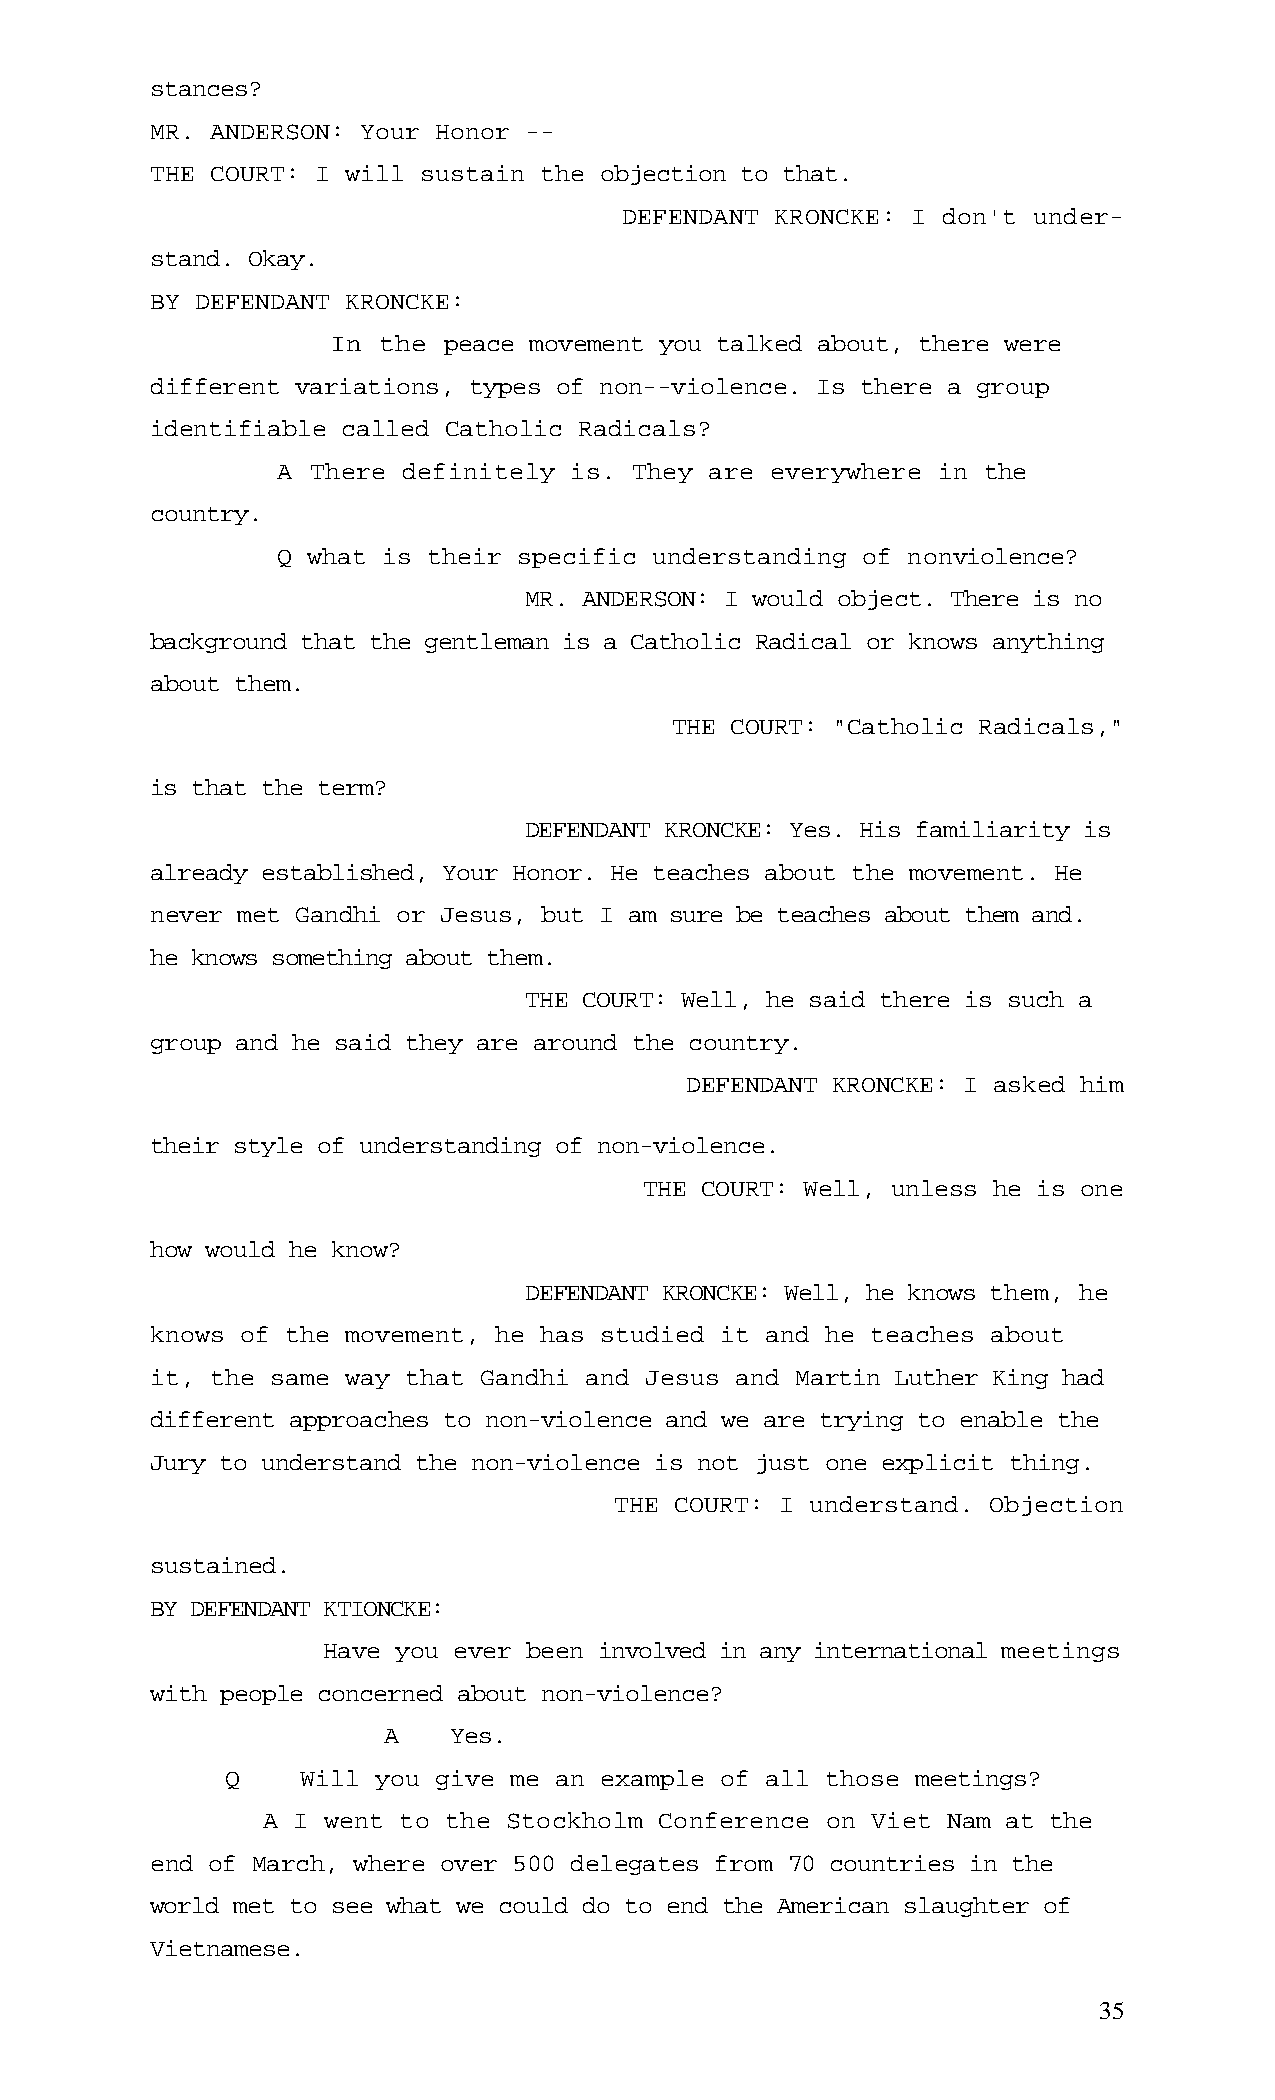
stances?
 MR. ANDERSON: Your Honor --
 THE COURT: I will sustain the objection to that.
 DEFENDANT KRONCKE: I don't under-
 stand. Okay.
 BY DEFENDANT KRONCKE:
 In the peace movement you talked about, there were
 different variations, types of non--violence. Is there a group
 identifiable called Catholic Radicals?
 A  There definitely is. They are everywhere in the
 country.
 Q what is their specific understanding of nonviolence?
 MR. ANDERSON: I would object. There is no
 background that the gentleman is a Catholic Radical or knows anything
 about them.
 THE COURT: "Catholic Radicals,"
 is that the term?
 DEFENDANT KRONCKE: Yes. His familiarity is
 already established, Your Honor. He teaches about the movement. He
 never met Gandhi or Jesus, but I am sure be teaches about them and.
 he knows something about them.
 THE COURT: Well, he said there is such a
 group and he said they are around the country.
 DEFENDANT KRONCKE: I asked him
 their style of understanding of non-violence.
 THE COURT: Well, unless he is one
 how would he know?
 DEFENDANT KRONCKE: Well, he knows them, he
 knows of the movement, he has studied it and he teaches about
 it, the same way that Gandhi and Jesus and Martin Luther King had
 different approaches to non-violence and we are trying to enable the
 Jury to understand the non-violence is not just one explicit thing.
 THE COURT: I understand. Objection
 sustained.
 BY DEFENDANT KTIONCKE:
 Have you ever been involved in any international meetings
 with people concerned about non-violence?
 A    Yes.
 Q    Will you give me an example of all those meetings?
 A I went to the Stockholm  Conference on Viet Nam at the
 end of March, where over 500 delegates from 70 countries in the
 world met to see what we could do to end the American slaughter of
 Vietnamese.
 35